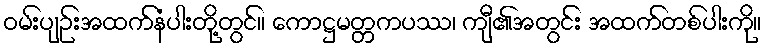
ဝမ်းပျဉ်းအထက်နံပါးတို့တွင်။ ကောဋ္ဌမတ္တကပဿ၊ ကျီ၏အတွင်း အထက်တစ်ပါးကို။